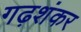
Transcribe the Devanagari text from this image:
गढ़शंकर